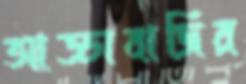
আড্ডাবাজির